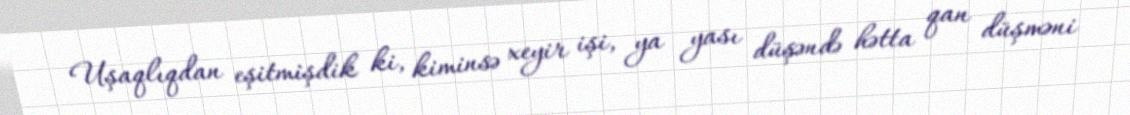
Uşaqlıqdan eşitmişdik ki, kiminsə xeyir işi, ya yası düşəndə hətta qan düşməni